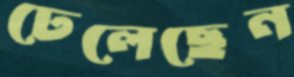
ঢেলেছেন